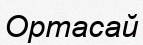
Ортасай